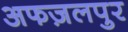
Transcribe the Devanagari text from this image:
अफज़लपुर